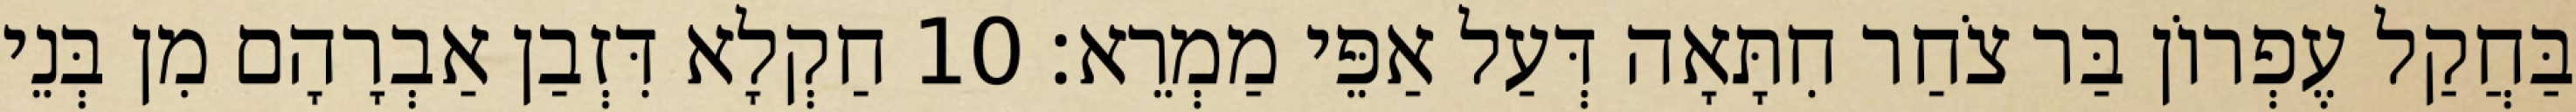
בַּחֲקַל עֶפְרוֹן בַּר צֹחַר חִתָּאָה דְּעַל אַפֵּי מַמְרֵא׃ 10 חַקְלָא דִּזְבַן אַבְרָהָם מִן בְּנֵי